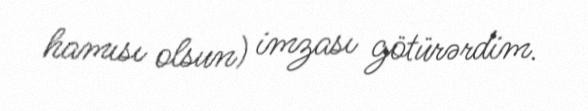
hamısı olsun) imzası götürərdim.